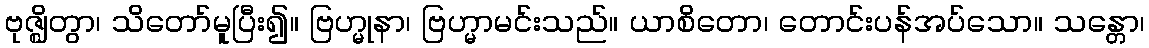
ဗုဇ္ဈိတွာ၊ သိတော်မူပြီး၍။ ဗြဟ္မုနာ၊ ဗြဟ္မာမင်းသည်။ ယာစိတော၊ တောင်းပန်အပ်သော။ သန္တော၊